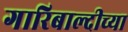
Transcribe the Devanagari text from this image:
गारिबाल्दीच्या